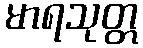
မာရသုတ္တ